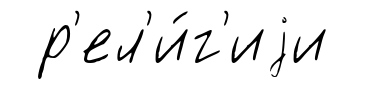
р'ел'и́г'иjи